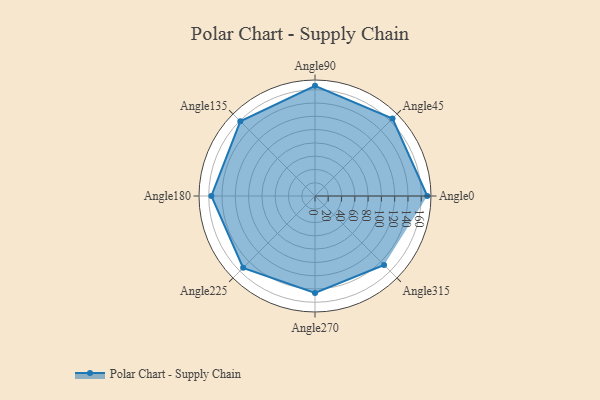
{"axis": {"x": "Angle", "y": "Radius"}, "legend": [""], "data": [{"x": "Angle0", "y": 169.0, "type": ""}, {"x": "Angle45", "y": 165.0, "type": ""}, {"x": "Angle90", "y": 166.0, "type": ""}, {"x": "Angle135", "y": 159.0, "type": ""}, {"x": "Angle180", "y": 156.0, "type": ""}, {"x": "Angle225", "y": 153.0, "type": ""}, {"x": "Angle270", "y": 146.0, "type": ""}, {"x": "Angle315", "y": 147.0, "type": ""}]}